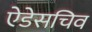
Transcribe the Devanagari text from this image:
ऐडेसचिव